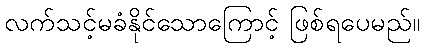
လက်သင့်မခံနိုင်သောကြောင့် ဖြစ်ရပေမည်။